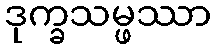
ဒုက္ခသမ္ဖဿာ